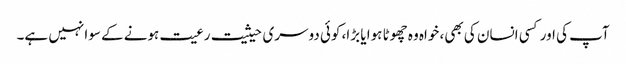
آپ کی اور کسی انسان کی بھی، خواہ وہ چھوٹا ہوا یا بڑا، کوئی دوسری حیثیت رعیت ہونے کے سوا نہیں ہے۔